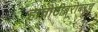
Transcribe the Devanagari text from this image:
हातोटीबरोबरच